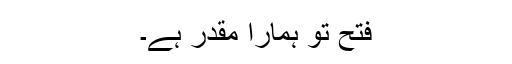
فتح تو ہمارا مقدر ہے۔